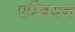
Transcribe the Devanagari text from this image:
एम्बियन